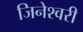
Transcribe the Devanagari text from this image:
जिनेश्वरी